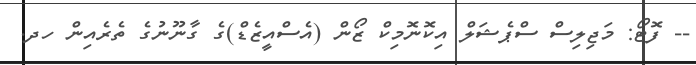
-- ފޮޓޯ: މަޖިލިސް ސްޕެޝަލް އިކޮނޮމިކް ޒޯން (އެސްއީޒެޑް)ގެ ގާނޫނުގެ ތެރެއިން ހދ.